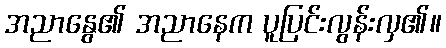
အညာနွေ၏ အညာနေက ပူပြင်းလွန်းလှ၏။